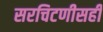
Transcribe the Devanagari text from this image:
सरचिटणीसही